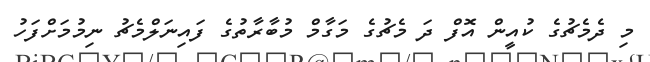
މި ދެމެޗުގެ ކުއީން އޮފް ދަ މެޗުގެ މަގާމް މުބާރާތުގެ ފައިނަލްމެޗު ނިމުމަށްފަހު